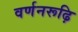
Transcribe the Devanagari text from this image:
वर्णनरूढ़ि